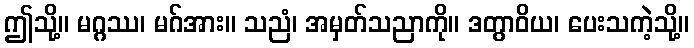
ဤသို့။ မဂ္ဂဿ၊ မဂ်အား။ သညံ၊ အမှတ်သညာကို။ ဒတွာဝိယ၊ ပေးသကဲ့သို့။